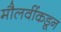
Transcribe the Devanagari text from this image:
मौलवींकडून